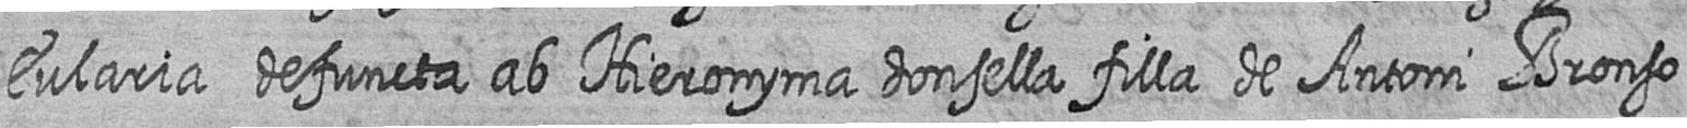
Eularia defuncta ab Hieronyma donsella filla de Antoni Bronso